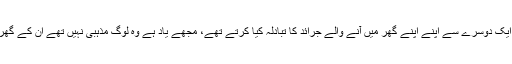
ہماری بچپن کی سہیلیاں ہم ایک دوسرے سے اپنے اپنے گھر میں آنے والے جرائد کا تبادلہ کیا کرتے تھے، مجھے یاد ہے وہ لوگ مذہبی نہیں تھے ان کے گھر بھی ڈائجسٹ ممنوع تھے۔